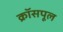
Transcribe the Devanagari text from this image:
क्रॉसपूल